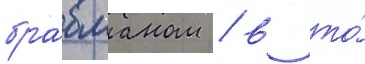
бравманом / в то́